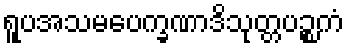
ရူပအသမပေက္ခဏာဒိသုတ္တပဉ္စကံ